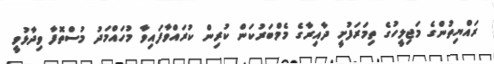
ރައްޔިތުންގެ މަޖިލީހުގެ ތިމަރަފުށީ ދާއިރާގެ މެމްބަރުކަން ކުރިން ކުރައްވާފައިވާ މުހައްމަދު މުސްތޮފާ ވިދާޅުވީ